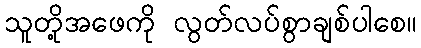
သူတို့အဖေကို လွတ်လပ်စွာချစ်ပါစေ။